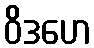
ဝိဒဟေ